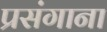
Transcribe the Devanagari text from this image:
प्रसंगाना